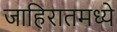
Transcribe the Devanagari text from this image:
जाहिरातमध्ये